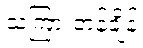
သကြားတန်ချိန်